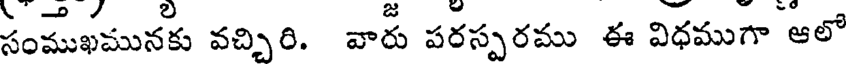
సంముఖమునకు వచ్చిరి. వారు పరస్పరము ఈ విధముగా ఆలో